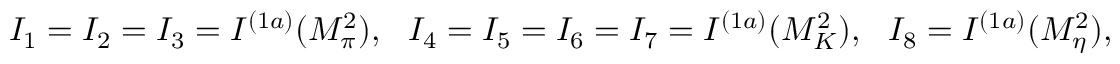
I _ { 1 } = I _ { 2 } = I _ { 3 } = I ^ { ( 1 a ) } ( M _ { \pi } ^ { 2 } ) , \ \ I _ { 4 } = I _ { 5 } = I _ { 6 } = I _ { 7 } = I ^ { ( 1 a ) } ( M _ { K } ^ { 2 } ) , \ \ I _ { 8 } = I ^ { ( 1 a ) } ( M _ { \eta } ^ { 2 } ) ,